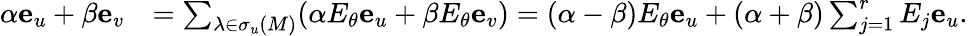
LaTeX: \begin{array}{rl}{\alpha\mathbf e_{u}+\beta\mathbf e_{v}}&{=\sum_{\lambda\in\sigma_{u}(M)}(\alpha E_{\theta}\mathbf e_{u}+\beta E_{\theta}\mathbf e_{v})=(\alpha-\beta)E_{\theta}\mathbf e_{u}+(\alpha+\beta)\sum_{j=1}^{r}E_{j}\mathbf e_{u}.}\end{array}